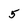
Character: 5